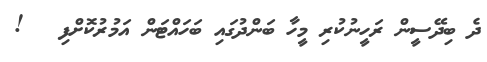
ދެ ބިދޭސީން ރަހީނުކުރި މީހާ ބަންދުގައި ބަހައްޓަން އަމުރުކޮށްފި   !